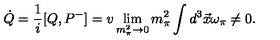
\dot { Q } = \frac { 1 } { i } [ Q , P ^ { - } ] = v \lim _ { m _ { \pi } ^ { 2 } \rightarrow 0 } m _ { \pi } ^ { 2 } \int d ^ { 3 } \vec { x } \omega _ { \pi } \neq 0 .